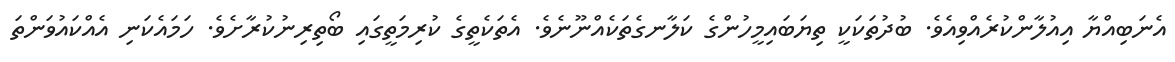
އެނަބިއްޔާ އިއުލާންކުރެއްވިއެވެ. ބުދުތަކަކީ ތިޔަބައިމީހުންގެ ކަލާނގެތަކެއްނޫނެވެ. އެތަކެތީގެ ކުރިމަތީގައި ބޯތިރިނުކުރާށެވެ. ހަމައެކަނި އެއްކައުވަންތަ